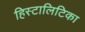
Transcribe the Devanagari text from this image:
हिस्टालिटिका